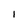
Character: l